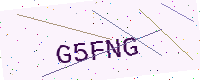
Text: G5FNG